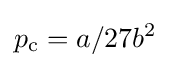
p_{\text{c}}=a/27b^{2}